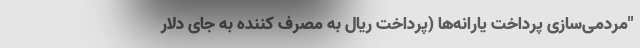
"مردمی‌سازی پرداخت یارانه‌ها (‌پرداخت ریال به مصرف کننده به جای دلار